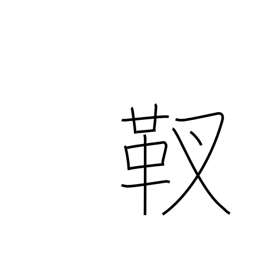
Meaning: quiver